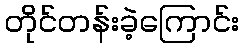
တိုင်တန်းခဲ့ကြောင်း